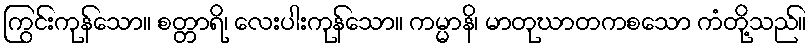
ကြွင်းကုန်သော။ စတ္တာရိ၊ လေးပါးကုန်သော။ ကမ္မာနိ၊ မာတုဃာတကစသော ကံတို့သည်။